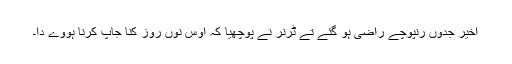
اخیر جدوں رنپوچے راضی ہو گئے تے ٹرنر نے پوچھیا کہ اوس نوں روز کنا جاپ کرنا ہووے دا۔